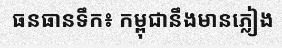
ធនធានទឹក៖ កម្ពុជានឹងមានភ្លៀង